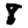
Digit: 8